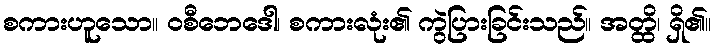
စကားဟူသော။ ဝစီဘေဒေါ၊ စကားလုံး၏ ကွဲပြားခြင်းသည်။ အတ္ထိ၊ ရှိ၏။